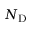
N _ { \mathrm { D } }